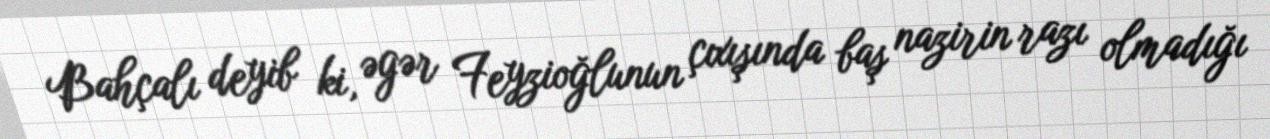
Bahçalı deyib ki, əgər Feyzioğlunun çıxışında baş nazirin razı olmadığı